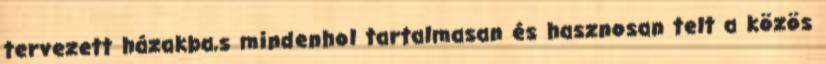
tervezett házakba,s mindenhol tartalmasan és hasznosan telt a közös